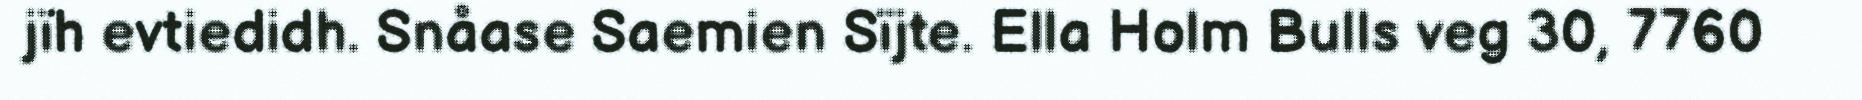
jïh evtiedidh. Snåase Saemien Sïjte. Ella Holm Bulls veg 30, 7760